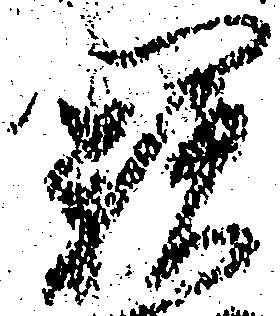
闕